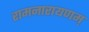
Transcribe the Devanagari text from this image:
रामनारायणम्